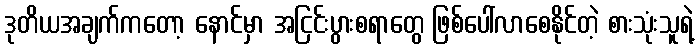
ဒုတိယအချက်ကတော့ နောင်မှာ အငြင်းပွားစရာတွေ ဖြစ်ပေါ်လာစေနိုင်တဲ့ စားသုံးသူရဲ့